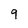
Character: 9